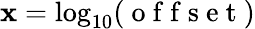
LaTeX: \mathbf{x}=\log_{10}(\mathrm{{~o~f~f~s~e~t~}})